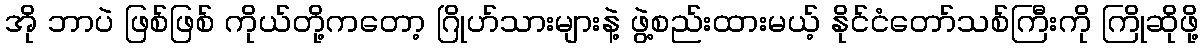
အို ဘာပဲ ဖြစ်ဖြစ် ကိုယ်တို့ကတော့ ဂြိုဟ်သားများနဲ့ ဖွဲ့စည်းထားမယ့် နိုင်ငံတော်သစ်ကြီးကို ကြိုဆိုဖို့